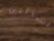
الشماليين